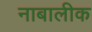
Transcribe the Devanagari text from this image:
नाबालीक